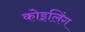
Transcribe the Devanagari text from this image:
कोइलिंग